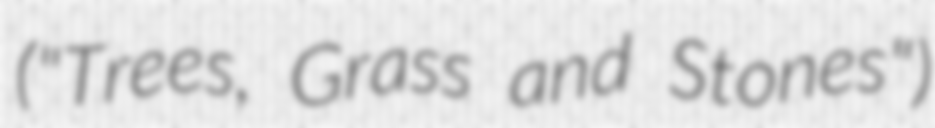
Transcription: ("Trees, Grass and Stones")